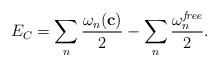
LaTeX: \begin{align*}E_C=\sum_n {\omega_n({\bf c})\over 2}-\sum_n {\omega_n^{\it free}\over 2}.\end{align*}